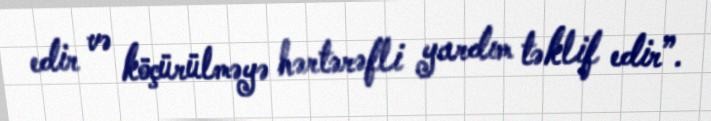
edir və köçürülməyə hərtərəfli yardım təklif edir”.